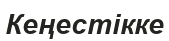
Кеңестікке